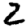
Digit: 2